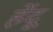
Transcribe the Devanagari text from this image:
हेंदू